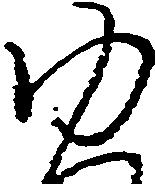
ゆ